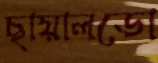
ছায়ালডো